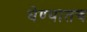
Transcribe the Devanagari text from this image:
घेण्यातच